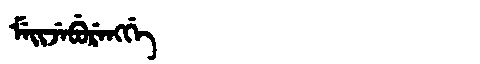
Manchu: ᠮᡝᡳᠵᡝᠪᡠᡵᡝᠩᡤᡝ
Romanization: MEIJEBURENGGE